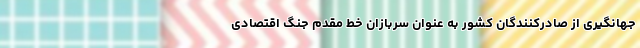
جهانگیری از صادرکنندگان کشور به عنوان سربازان خط مقدم جنگ اقتصادی